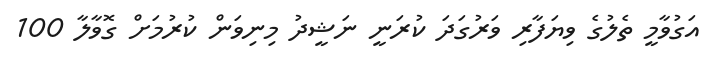
އަގުވާމީ ތެލުގެ ވިޔަފާރި ވަރުގަދަ ކުރަނީ ނަޝީދު މިނިވަން ކުރުމަށް ގޮވާލާ 100